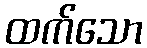
ထက်သော